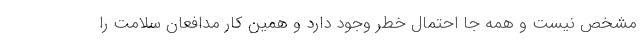
مشخص نیست و همه جا احتمال خطر وجود دارد و همین کار مدافعان سلامت را